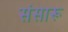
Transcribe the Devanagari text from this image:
संसारू